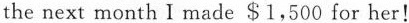
the next month I made $1,500 for her!